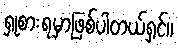
ရှုစားရမှာဖြစ်ပါတယ်ရှင်။